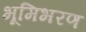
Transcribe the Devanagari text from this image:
भूमिभरण